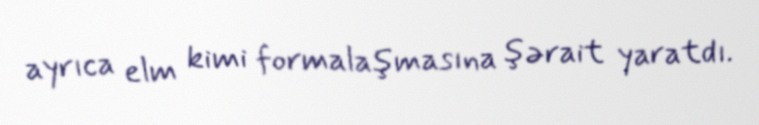
ayrıca elm kimi formalaşmasına şərait yaratdı.